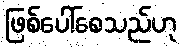
ဖြစ်ပေါ်စေသည်ဟု